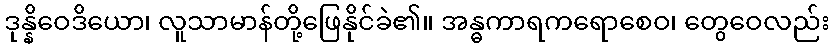
ဒုန္နိဝေဒိယော၊ လူသာမာန်တို့ဖြေနိုင်ခဲ၏။ အန္ဓကာရကရောစေဝ၊ တွေဝေလည်း